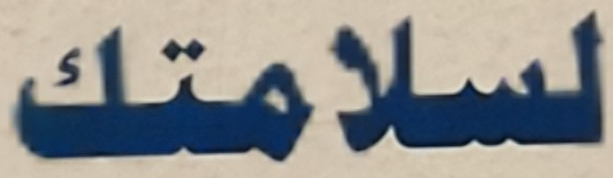
لسلامتك